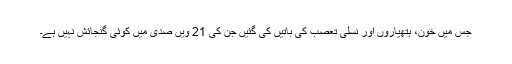
جس میں خون، ہتھیاروں اور نسلی تعصب کی باتیں کی گئیں جن کی 21 ویں صدی میں کوئی گنجائش نہیں ہے۔